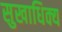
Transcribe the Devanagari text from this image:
सुखाधिक्य